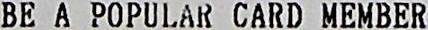
BE A POPULAR CARD MEMBER